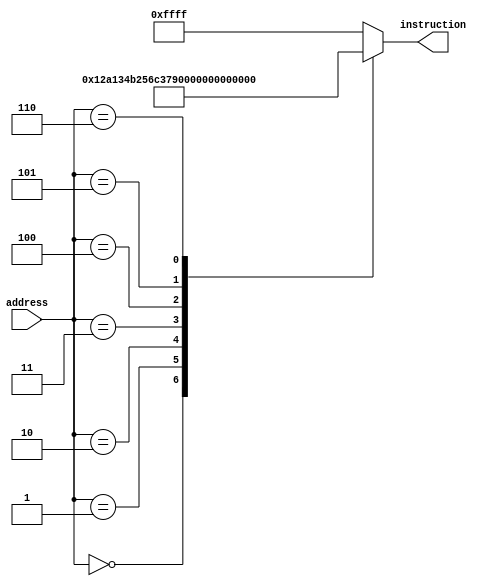
module memorie_instructiuni(
    input wire [7:0] address,
    output reg [15:0] instruction
);

    always @(address) begin
        case(address)
            8'd0:  instruction = 16'b0000_0001_0010_1010; 
            8'd1:  instruction = 16'b0001_0011_0100_1011; 
            8'd2:  instruction = 16'b0010_0101_0110_1100; 
            8'd3:  instruction = 16'b0011_0111_1000_1101; 
			8'd4:  instruction = 16'b0101_1001_1001_1001;
            8'd5:  instruction = 16'b0100_1001_1010_1110; 
            8'd6:  instruction = 16'b0110_1011_1010_1011; 
            default: instruction = 16'b1111_1111_1111_1111; 
        endcase
    end

endmodule